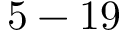
5 - 1 9